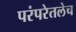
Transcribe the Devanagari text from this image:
परंपरेतलेच